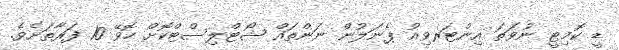
ޑީ ކޮމިޓީ ނުވަތަ އިންޓަރވިއު ޕެނަލުން ނަންތައް ޝޯޓްލިސްޓްކޮށް ހޮވޭ 10 ފަރާތަށެވެ.